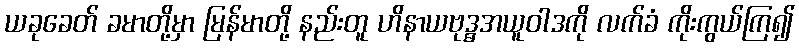
ယခုခေတ် ခမာတို့မှာ မြန်မာတို့ နည်းတူ ဟိနာယဗုဒ္ဓအယူဝါဒကို လက်ခံ ကိုးကွယ်ကြ၍